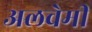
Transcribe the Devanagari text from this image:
अलचेमी